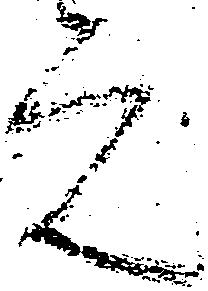
元